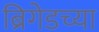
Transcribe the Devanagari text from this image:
ब्रिगेडच्या